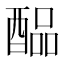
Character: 𲆳